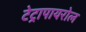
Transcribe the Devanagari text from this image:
टेट्रापायरोल